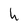
Character: h